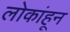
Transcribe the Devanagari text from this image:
लोकांहून